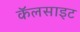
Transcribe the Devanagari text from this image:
कॅलसाइट